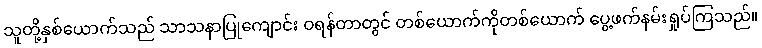
သူတို့နှစ်ယောက်သည် သာသနာပြုကျောင်း ဝရန်တာတွင် တစ်ယောက်ကိုတစ်ယောက် ပွေ့ဖက်နမ်းရှုပ်ကြသည်။